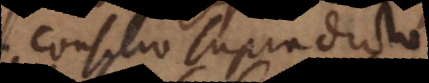
consilio supradicto.